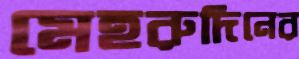
মেহরুদিনের